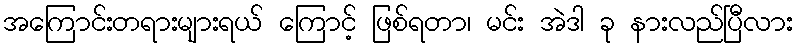
အကြောင်းတရားများရယ် ကြောင့် ဖြစ်ရတာ၊ မင်း အဲဒါ ခု နားလည်ပြီလား